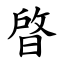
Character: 晵